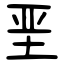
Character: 垩